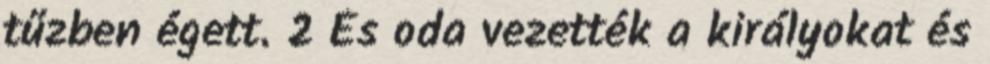
tűzben égett. 2 És oda vezették a királyokat és